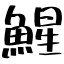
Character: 鯹